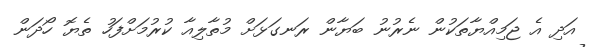
އަދި އެ ޖަމިއްޔާތަކުން ނެރުނު ބަޔާން ރަނގަޅަށް މުތާލިއާ ކުރުމަށްފަހު ތެޔޮ ހޯދަން